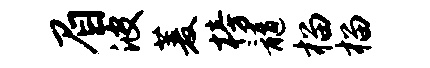
眉波菱榜髓榴榴